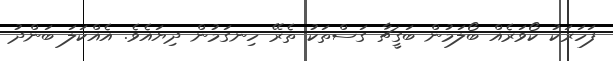
ފަހަރަކު ކޯވަރެއް ބޯލަމުން ބަގީޗާ ގަސްތަކު ތެރޭ ހިނގަމުން ދިޔައެވެ. އެއްކަލަ ބަންދު